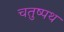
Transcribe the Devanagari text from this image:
चतुष्पथ